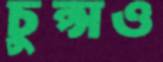
চুপ্‌সও